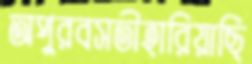
অপুরবসতীহারিয়াছি